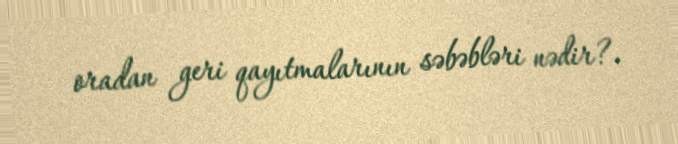
oradan geri qayıtmalarının səbəbləri nədir?.